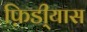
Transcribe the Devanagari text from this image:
फ़िडी्यास